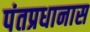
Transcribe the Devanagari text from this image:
पंतप्रधानास